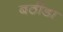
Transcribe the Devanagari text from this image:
बठींडा